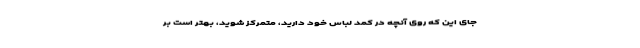
جای این که روی آنچه در کمد لباس خود دارید، متمرکز شوید، بهتر است بر